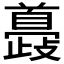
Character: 𩠮